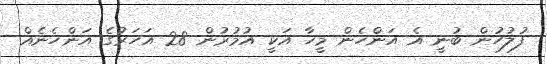
ފުލުހުން ބުނީ އެ އަންހެން މީހާ އަކީ އުމުރުން 28 އަހަރުގެ އަންހެނެއް